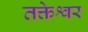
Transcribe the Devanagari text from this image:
तक्तेश्वर